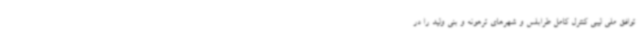
توافق ملی لیبی کنترل کامل طرابلس و شهرهای ترهونه و بنی ولید را در